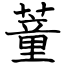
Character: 蕫